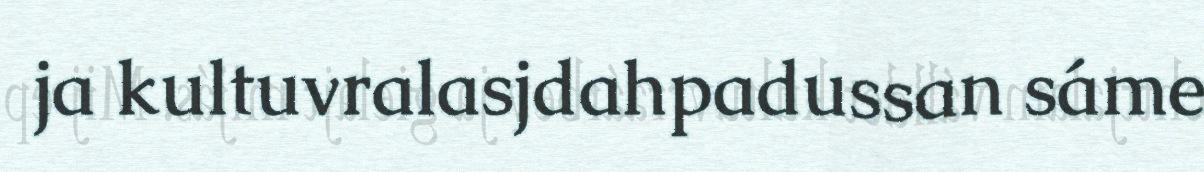
ja kultuvralasjdahpadussan sáme